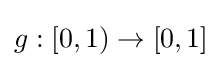
g:[0,1)\to [0,1]